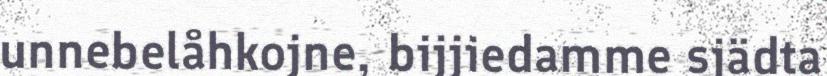
unnebelåhkojne, bijjiedamme sjädta